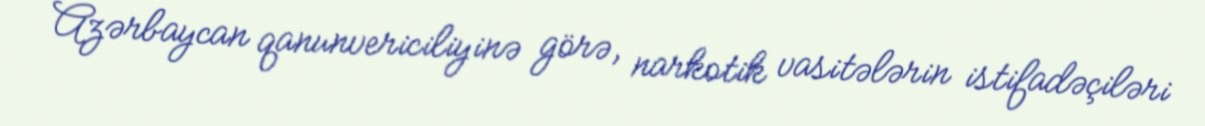
Azərbaycan qanunvericiliyinə görə, narkotik vasitələrin istifadəçiləri